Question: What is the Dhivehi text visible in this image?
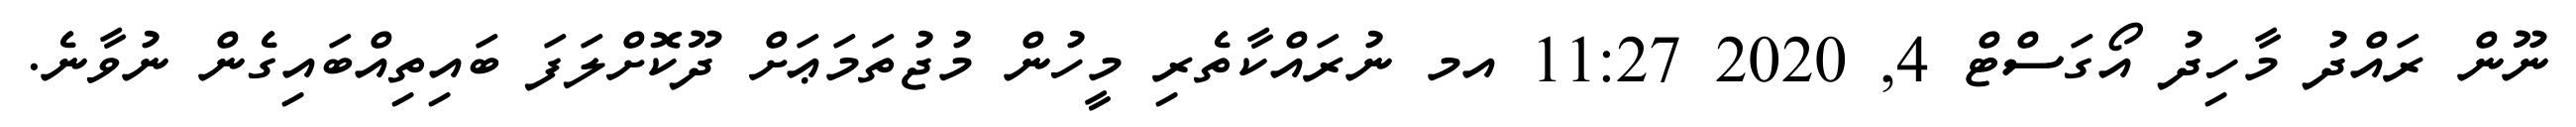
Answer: ނޫން ރައްދު މާހިދު އޯގަސްޓް 4, 2020 11:27 އމ ނުރައްކާތެރި މީހުން މުޖުތަމަޢަށް ދޫކޮށްލަފަ ބައިތިއްބައިގެން ނުވާނެ.